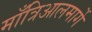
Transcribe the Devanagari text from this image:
माँत्रिआलमार्गे